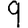
Digit: 9